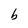
Character: b